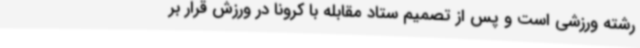
رشته ورزشی است و پس از تصمیم ستاد مقابله با کرونا در ورزش قرار بر